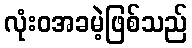
လုံးဝအခမဲ့ဖြစ်သည်